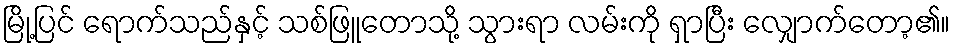
မြို့ပြင် ရောက်သည်နှင့် သစ်ဖြူတောသို့ သွားရာ လမ်းကို ရှာပြီး လျှောက်တော့၏။